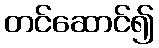
တင်ဆောင်၍